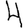
Digit: 4